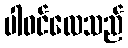
ပါဝင်လေသည်